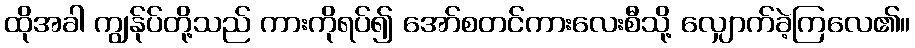
ထိုအခါ ကျွန်ုပ်တို့သည် ကားကိုရပ်၍ အော်စတင်ကားလေးစီသို့ လျှောက်ခဲ့ကြလေ၏။